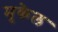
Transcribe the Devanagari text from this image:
मुकेल